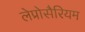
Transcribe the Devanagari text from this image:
लेप्रोसैरियम